Report of the Bombay Veterinary College
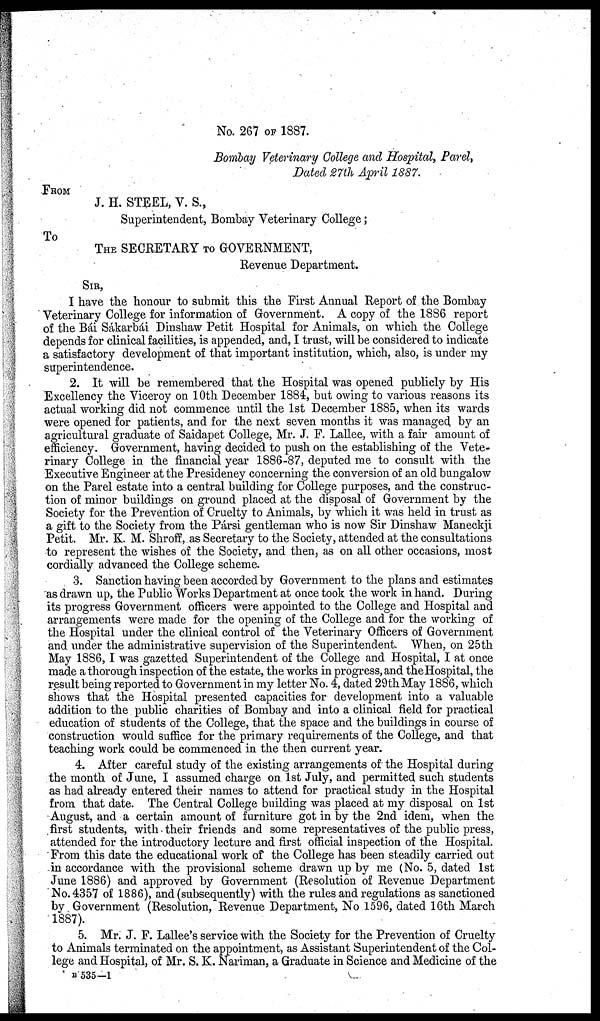
No. 267 OF 1887.
Bombay Veterinary College and Hospital, Parel,
Dated 27th April 1887.
FROM
J. H. STEEL, V. S.,
Superintendent, Bombay Veterinary College;
To
THE SECRETARY TO GOVERNMENT,
Revenue Department.
SIR,
I have the honour to submit this the First Annual Report of the Bombay
Veterinary College for information of Government. A copy of the 1886 report
of the Bái Sákarbái Dinshaw Petit Hospital for Animals, on which the College
depends for clinical facilities, is appended, and, I trust, will be considered to indicate
a satisfactory development of that important institution, which, also, is under my
superintendence.
2. It will be remembered that the Hospital was opened publicly by His
Excellency the Viceroy on 10th December 1884, but owing to various reasons its
actual working did not commence until the 1st December 1885, when its wards
were opened for patients, and for the next seven months it was managed by an
agricultural graduate of Saidapet College, Mr. J. F. Lallee, with a fair amount of
efficiency. Government, having decided to push on the establishing of the Vete-
rinary College in the financial year 1886-87, deputed me to consult with the
Executive Engineer at the Presideney concerning the conversion of an old bungalow
on the Parel estate into a central building for College purposes, and the construc-
tion of minor buildings on ground placed at the disposal of Government by the
Society for the Prevention of Cruelty to Animals, by which it was held in trust as
a gift to the Society from the Pársi gentleman who is now Sir Dinshaw Maneckji
Petit. Mr. K. M. Shroff, as Secretary to the Society, attended at the consultations
to represent the wishes of the Society, and then, as on all other occasions, most
cordially advanced the College scheme.
3. Sanction having been accorded by Government to the plans and estimates
as drawn up, the Public Works Department at once took the work in hand. During
its progress Government officers were appointed to the College and Hospital and
arrangements were made for the opening of the College and for the working of
the Hospital under the clinical control of the Veterinary Officers of Government
and under the administrative supervision of the Superintendent. When, on 25th
May 1886,I was gazetted Superintendent of the College and Hospital, I at once
made a thorough inspection of the estate, the works in progress, and the Hospital, the
result being reported to Government in my letter No. 4, dated 29thMay 1886, which
shows that the Hospital presented capacities for development into a valuable
addition to the public charities of Bombay and into a clinical field for practical
education of students of the College, that the space and the buildings in course of
construction would suffice for the primary requirements of the College, and that
teaching work could be commenced in the then current year.
4. After careful study of the existing arrangements of the Hospital during
the month of June, I assumed charge on 1st July, and permitted such students
as had already entered their names to attend for practical study in the Hospital
from that date. The Central College building was placed at my disposal on 1st
August, and a certain amount of furniture got in by the 2nd idem, when the
first students, with their friends and some representatives of the public press,
attended for the introductory lecture and first official inspection of the Hospital.
From this date the educational work of the College has been steadily carried out
in accordance with the provisional scheme drawn up by me (No. 5, dated 1st
June 1886) and approved by Government (Resolution of Revenue Department
No. 4357 of 1886), and (subsequently) with the rules and regulations as sanctioned
by Government (Resolution, Revenue Department, No 1596, dated 16th March
1887).
5. Mr. J. F. Lallee's service with the Society for the Prevention of Cruelty
to Animals terminated on the appointment, as Assistant Superintendent of the Col-
lege and Hospital, of Mr. S. K. Nariman, a Graduate in Science and Medicine of the
B 535—1